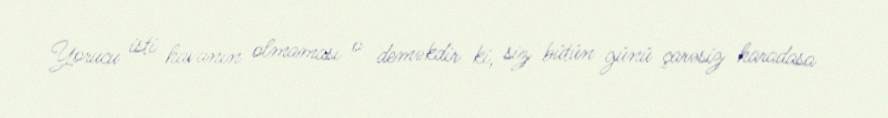
Yorucu isti havanın olmaması o deməkdir ki, siz bütün günü çarəsiz haradasa